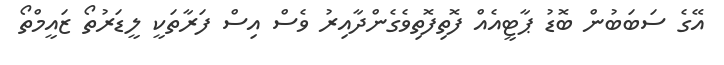
އޭގެ ސަބަބުން ބޮޑު ޕާޓީއެއް ފޮތިފޮތިވެގެންދާއިރު ވެސް އިސް ފަރާތަކީ ލީޑަރުތޯ ޒައީމްތޯ